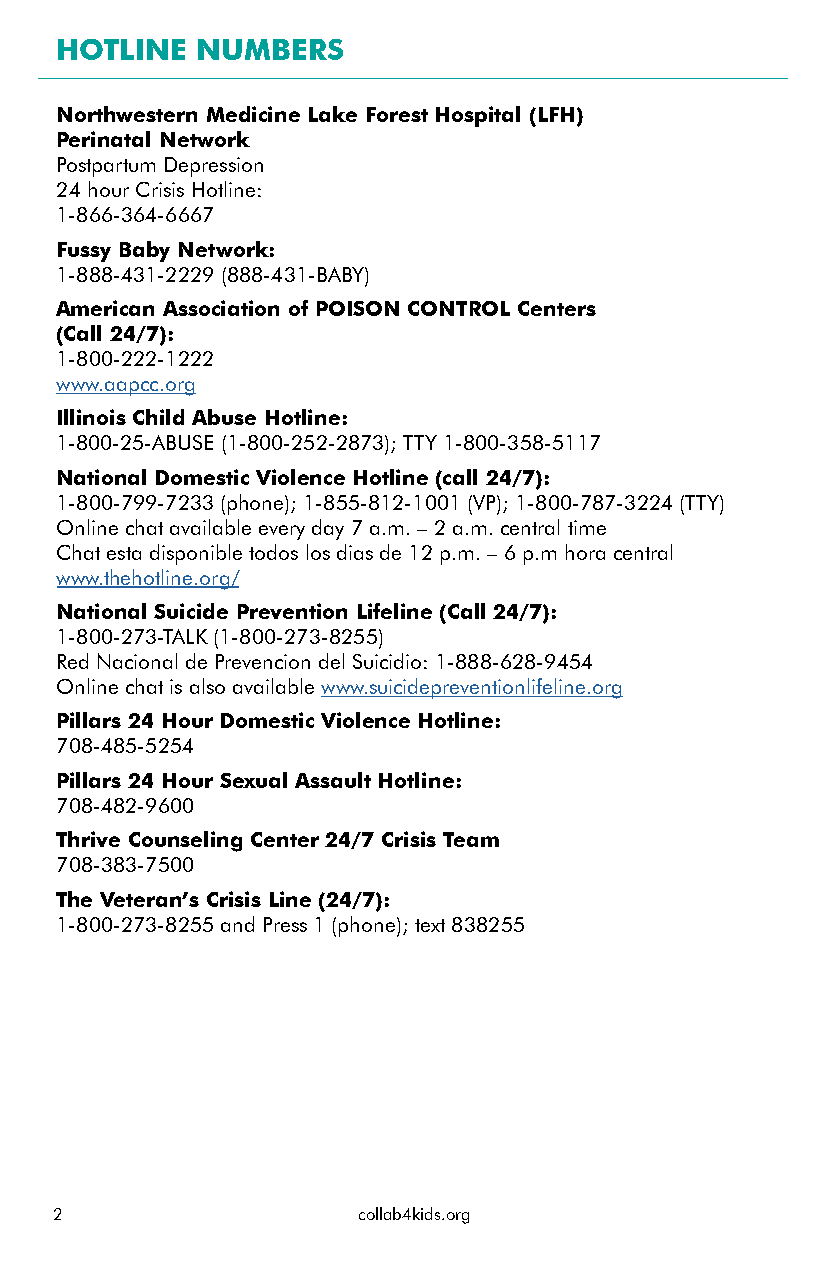
HOTLINE  NUMBERS
 Northwestern Medicine Lake Forest Hospital (LFH)
 Perinatal Network
 Postpartum Depression
 24 hour Crisis Hotline:
 1-866-364-6667
 Fussy Baby Network:
 1-888-431-2229 (888-431-BABY)
 American Association of POISON CONTROL Centers
 (Call 24/7):
 1-800-222-1222
 www.aapcc.org
 Illinois Child Abuse Hotline:
 1-800-25-ABUSE (1-800-252-2873); TTY 1-800-358-5117
 National Domestic Violence Hotline (call 24/7):
 1-800-799-7233 (phone); 1-855-812-1001 (VP); 1-800-787-3224 (TTY)
 Online chat available every day 7 a.m. – 2 a.m. central time
 Chat esta disponible todos los dias de 12 p.m. – 6 p.m hora central
 www.thehotline.org/
 National Suicide Prevention Lifeline (Call 24/7):
 1-800-273-TALK (1-800-273-8255)
 Red Nacional de Prevencion del Suicidio: 1-888-628-9454
 Online chat is also available www.suicidepreventionlifeline.org
 Pillars 24 Hour Domestic Violence Hotline:
 708-485-5254
 Pillars 24 Hour Sexual Assault Hotline:
 708-482-9600
 Thrive Counseling Center 24/7 Crisis Team
 708-383-7500
 The Veteran’s Crisis Line (24/7):
 1-800-273-8255 and Press 1 (phone); text 838255
 2                   collab4kids.org